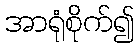
အာရုံစိုက်၍